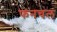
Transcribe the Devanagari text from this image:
फनचल